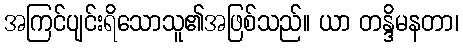
အကြင်ပျင်းရိသောသူ၏အဖြစ်သည်။ ယာ တန္ဒိမနတာ၊